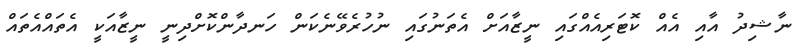
ނާޝިދު އާއި އެއް ކޮޓަރިއެއްގައި ނީޒާއަށް އެތަނުގައި ނުހުރެވޭނެކަން ހަނދާންކޮށްދިނީ ނީޒާއަކީ އެތައްއެތައް